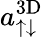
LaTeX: a_{\uparrow\downarrow}^{\mathrm{3D}}